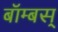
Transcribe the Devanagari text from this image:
बॉम्बस्